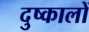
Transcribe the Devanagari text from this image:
दुष्कालों